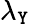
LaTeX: \lambda_{\mathtt{Y}}